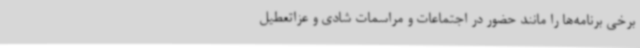
برخی برنامه‌ها را مانند حضور در اجتماعات و مراسمات شادی و عزاتعطیل